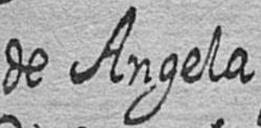
de Angela